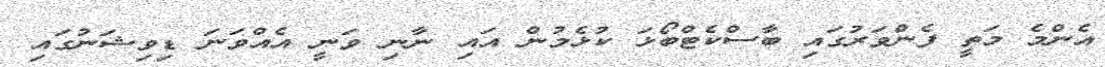
އެންމެ މަތީ ފެންވަރުގައި ބާސްކެޓްބޯޅަ ކުޅެމުން އައި ނާނި ވަނީ އެއްވަނަ ޑިވިޝަނުގައި